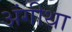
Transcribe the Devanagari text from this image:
अंगीथा